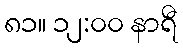
၈၁။ ၁၂:၀၀ နာရီ